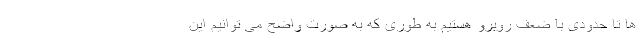
ها تا حدودی با ضعف روبرو هستیم به طوری که به صورت واضح می توانیم این